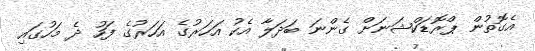
އެގޮތުން ޕްރޮޑަކްޝަނަށް ގެންނަ ބަދަލާ އެކު އަހަރުގެ އަހަރުގެ ފަހު ދެ މަހުގައި